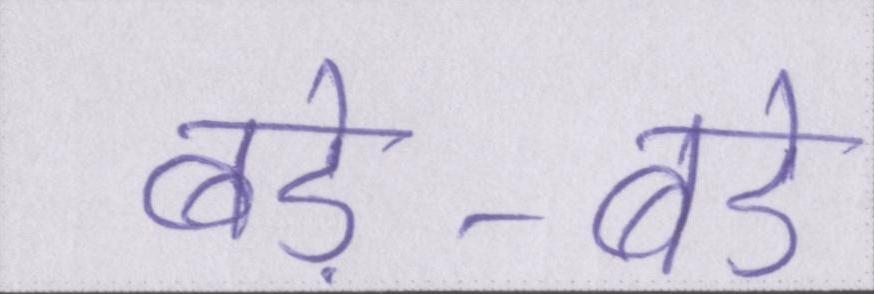
बड़े-बड़े